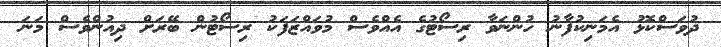
ދުވަސްކޮޅު އެމަނިކުފާނު ހުންނަވާ ރިސޯޓުގެ އެއްވެސް މުވައްޒަފަކު ރިސޯޓުން ބޭރަށް ދިއުންވެސް މަނަ